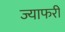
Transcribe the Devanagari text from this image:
ज्याफरी